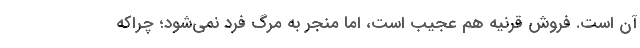
آن است. فروش قرنیه هم عجیب است، اما منجر به مرگ فرد نمی‌شود؛ چرا‌که